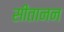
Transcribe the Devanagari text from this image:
सीतानन